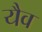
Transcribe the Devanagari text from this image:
यैव